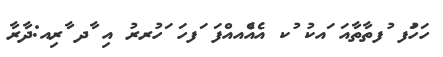
ހަހަުފ ުފތާތާއަ ައކު ުކ އެއެްއއްފަ ަފހަ ަހުރރު އި ާދ ާރިއ:ދާރާ